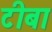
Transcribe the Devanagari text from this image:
टीबा